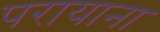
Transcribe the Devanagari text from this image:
परायाना